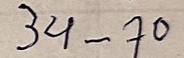
34 - 70